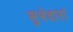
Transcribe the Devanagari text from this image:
सुभेदारां